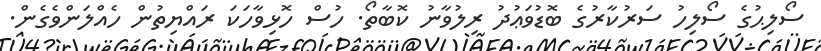
ސޯލިޙުގެ ސޯލިހު ސަރުކާރުގެ ބޮޑުވަޢުދު ރިލުވާނު ކޮބާތޯ. ހުސް ހޮޅިވާހަކަ ރައްޔިތުން ހެއްލަންވެގެން.